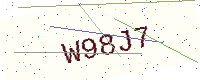
Text: W98J7